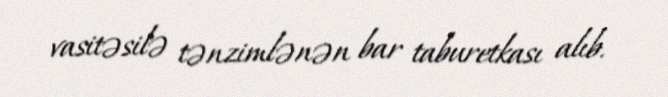
vasitəsilə tənzimlənən bar taburetkası alıb.